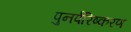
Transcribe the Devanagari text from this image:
पुनर्परिष्करण